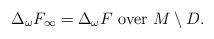
LaTeX: \begin{align*} \Delta_{\omega}F_{\infty}=\Delta_{\omega}F\ \textrm{over}\ M\setminus D.\end{align*}